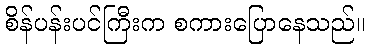
စိန်ပန်းပင်ကြီးက စကားပြောနေသည်။